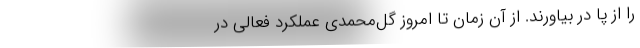
را از پا در بیاورند. از آن زمان تا امروز گل‌محمدی عملکرد فعالی در